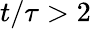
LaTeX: t/\tau>2